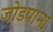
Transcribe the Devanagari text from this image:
जोडपाना